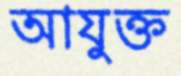
আযুক্ত